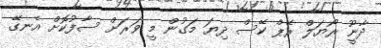
ދާނީޫ ރޯޔަލް ރޭޕް ކޭސް ދިޔަ މަގުން މީ ވަރަށް ސާފުކޮށް އެނގޭ